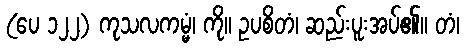
(ပေ ၁၂၂) ကုသလကမ္မံ၊ ကို။ ဥပစိတံ၊ ဆည်းပူးအပ်၏။ တံ၊